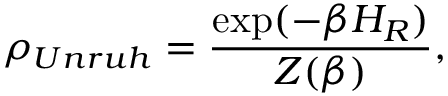
\rho _ { U n r u h } = \frac { \exp ( - \beta H _ { R } ) } { Z ( \beta ) } ,